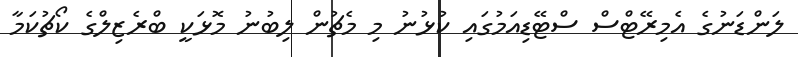
ލަންޑަނުގެ އެމިރޭޓްސް ސްޓޭޑިއަމުގައި ކުޅުނު މި މެޗުން ލިބުނު މޮޅަކީ ބްރެޒިލްގެ ކޯޗުކަމާ